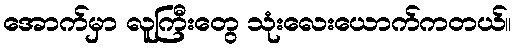
အောက်မှာ လူကြီးတွေ သုံးလေးယောက်ကတယ်။